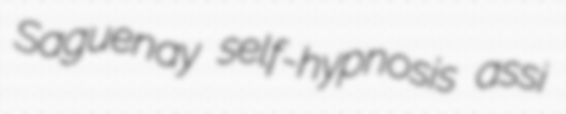
Saguenay self-hypnosis assi